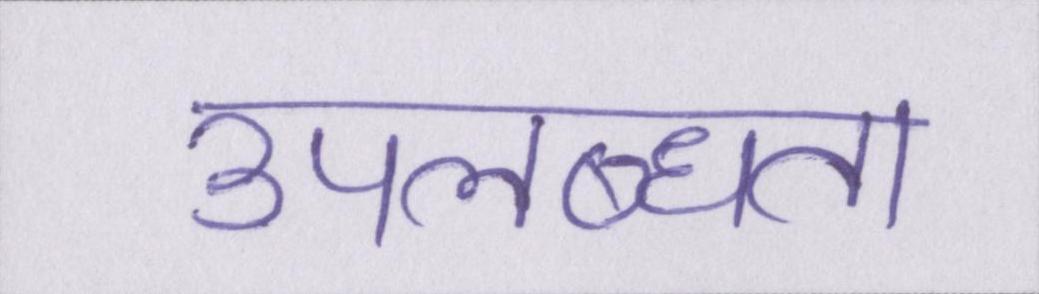
उपलब्धता